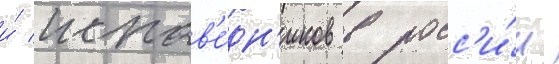
и́ испов'е́дн'иков в росс'и́и